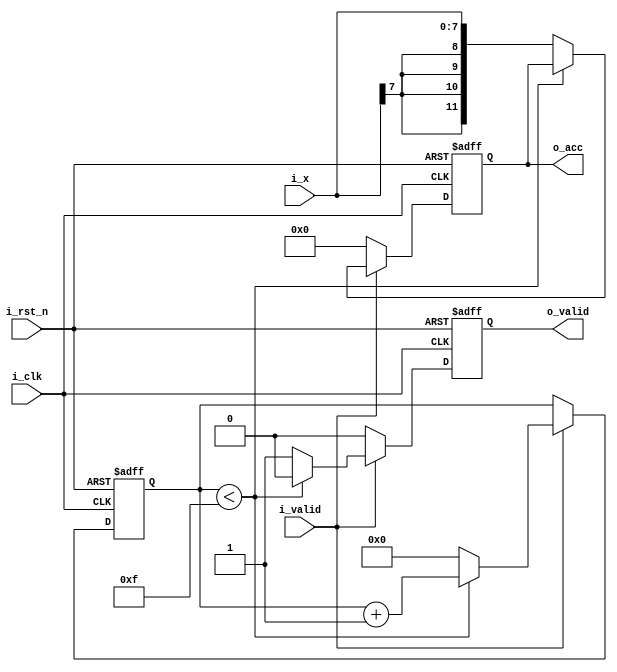
module accumulator(
input i_clk, i_rst_n, i_valid,
input signed [7:0] i_x,
output reg signed [11:0] o_acc,
output reg o_valid);

reg signed [11:0] x_temp;
reg [3:0] count;
always @(posedge i_clk, negedge i_rst_n) 
  	begin
    	if(!i_rst_n) begin
      		count<=0;
      		x_temp<=0;
      		o_acc<=0;
      		o_valid<=0;
      		end
    	else begin
    		x_temp=i_x;
    		o_valid<=0;
    		if(i_valid==1)
    			if(count<15) begin
    				x_temp<=x_temp+count;
    				count<=count+1;
    				end
    			else begin //count==16
    				o_acc<=x_temp;
    				o_valid<=1;
    				count<=0;
    				x_temp<=0;
    				end
    		else begin
    			o_acc<=0;
    			x_temp<=0;
    			end
    		end
  		end
endmodule